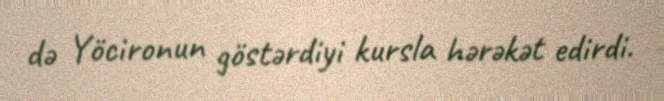
də Yöcironun göstərdiyi kursla hərəkət edirdi.